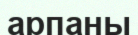
арпаны